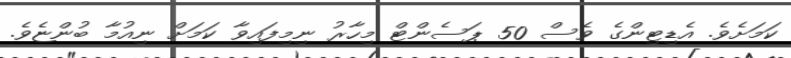
ކަމަށެވެ. އެޑިޓިންގެ ވެސް 50 ޕަސެންޓް މިހާރު ނިމިފައިވާ ކަމަށް ނިއުމާ ބުންޏެވެ.